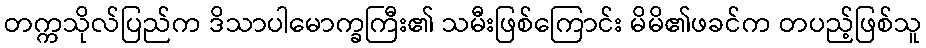
တက္ကသိုလ်ပြည်က ဒိသာပါမောက္ခကြီး၏ သမီးဖြစ်ကြောင်း မိမိ၏ဖခင်က တပည့်ဖြစ်သူ